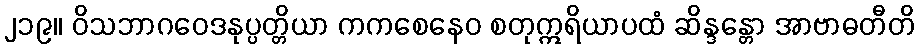
၂၁၉။ ဝိသဘာဂဝေဒနုပ္ပတ္တိယာ ကကစေနေဝ စတုဣရိယာပထံ ဆိန္ဒန္တော အာဗာဓတီတိ